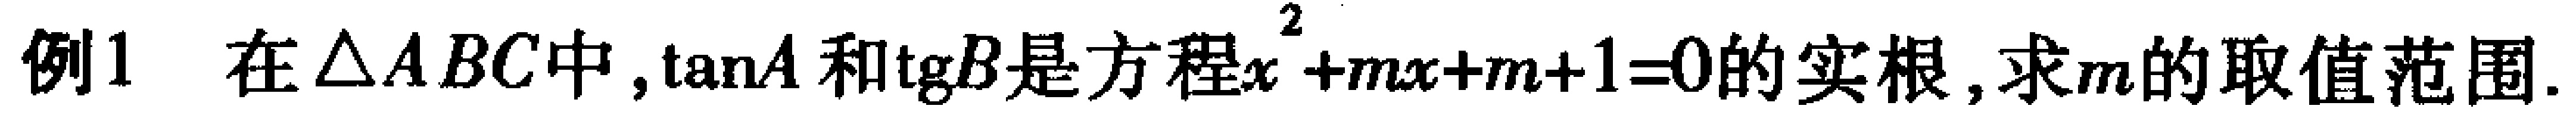
例1 在$\triangle ABC$中,$\tan A$和$\tg B$是方程$x^{2}+mx + m + 1 = 0$的实根,求$m$的取值范围.